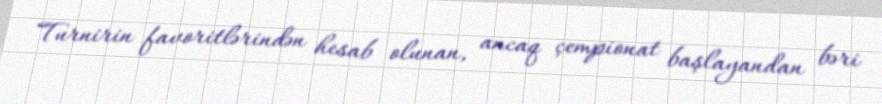
Turnirin favoritlərindən hesab olunan, ancaq çempionat başlayandan bəri